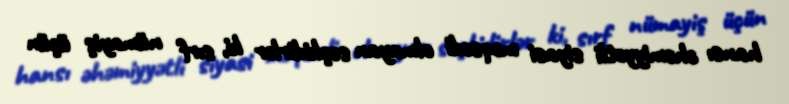
hansı əhəmiyyətli siyasi məqsədi olmayan seçkidirlər ki, sırf nümayiş üçün